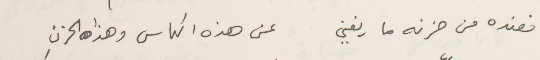
فعنده من حزنه ما يغني        عن هذه الكاس وهذا الحزنِ